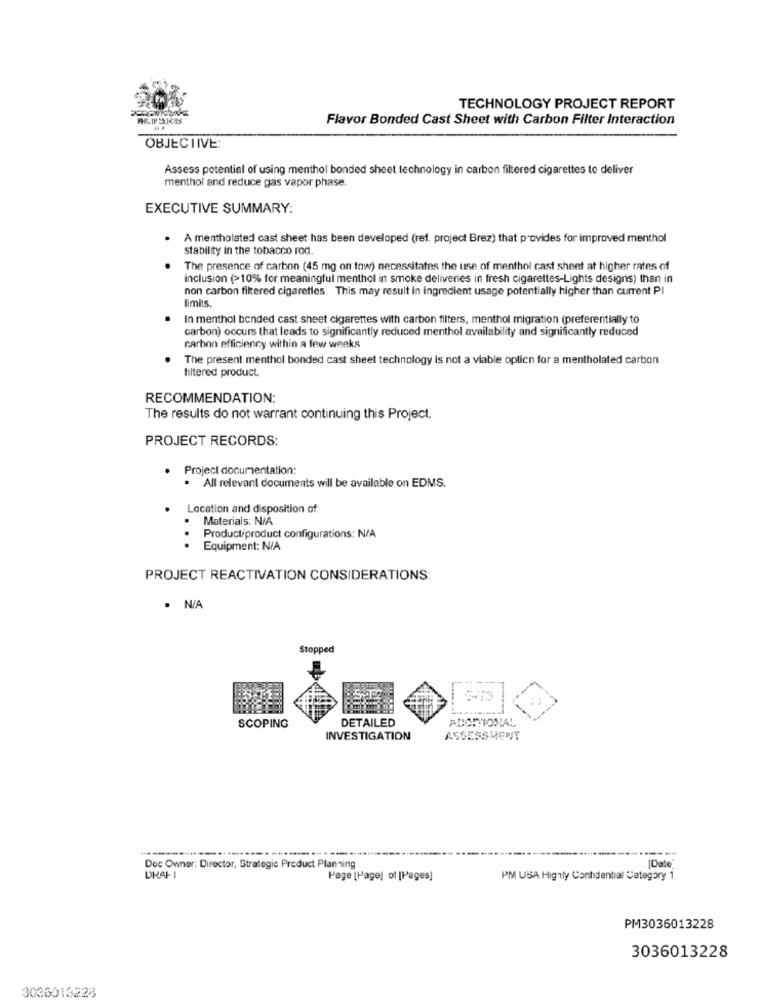
TECHNOLOGY PROJECT REPORT
PHCIP SIRAS
Flavor Bonded Cast Sheet with Carbon Filter Interaction
OBJECTIVE:
Assess potential of using menthol bonded sheet technology in carbon filtered cigarettes to deliver
menthol and reduce gas vapor phase.
EXECUTIVE SUMMARY:
A mentholated cast sheet has been developed (ref. project Brez) that provides for improved menthol
stability in the tobacco rod.
The presence of carbon (45 mg on tow) necessitates the use of menthol cast sheet at higher rates of
inclusion (>10% for meaningful menthol in smoke deliveries in fresh cigarettes-Lights designs) than in
non carbon fikered cigarettes. This may result in ingredient usage potentially higher than current PI
limits.
In menthol bended cast sheet cigarettes with carbon filters, menthol migration (preferentially to
carbon) occurs that leads to significantly reduced menthol availability and significantly reduced
carbon efficiency within a few weeks
The present menthol bonded cast sheet technology is not a viable option for a mentholated carbon
filtered product.
RECOMMENDATION:
The results do not warrant continuing this Project.
PROJECT RECORDS:
Project documentation:
· All relevant documents will be available on EDMS.
Location and disposition of:
.
Materials: N/A
Productiproduct configurations: N/A
.
Equipment: N/A
PROJECT REACTIVATION CONSIDERATIONS:
. N/A
Stopped
DETAILED
SCOPING
ADDITIONAL
INVESTIGATION
ASSESSMENT
Doc Owner: Director, Strategie Product Planning
[Date'
Page [Page] of [Pages]
PM USA Highly Confidential Category 1
PM3036013228
3036013228
3036013228